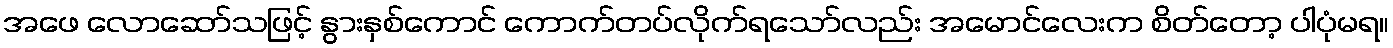
အဖေ လောဆော်သဖြင့် နွားနှစ်ကောင် ကောက်တပ်လိုက်ရသော်လည်း အမောင်လေးက စိတ်တော့ ပါပုံမရ။